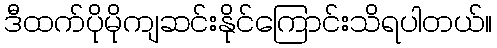
ဒီထက်ပိုမိုကျဆင်းနိုင်ကြောင်းသိရပါတယ်။